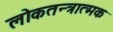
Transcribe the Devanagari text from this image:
लोकतन्त्रात्मक